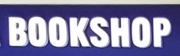
bookshop